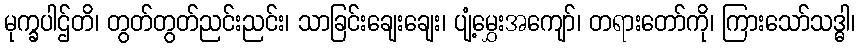
မုက္ခပါဌ်တိ၊ တွတ်တွတ်ညင်းညင်း၊ သာခြင်းချေးချေး၊ ပျံ့မွှေးအကျော်၊ တရားတော်ကို၊ ကြားသော်သဒ္ဓါ၊